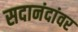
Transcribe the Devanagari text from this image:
सदानंदांवर